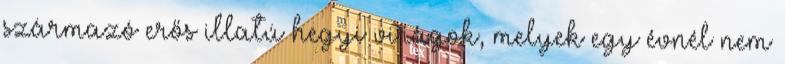
származó erős illatú hegyi virágok, melyek egy évnél nem